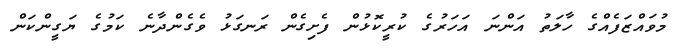
މުވައްޒަފެއްގެ ހާލަތު އަންނަ އަހަރުގެ ކުރީކޮޅުން ފެށިގެން ރަނގަޅު ވެގެންދާނެ ކަމުގެ ޔަގީންކަން